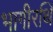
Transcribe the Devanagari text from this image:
भागीरथि